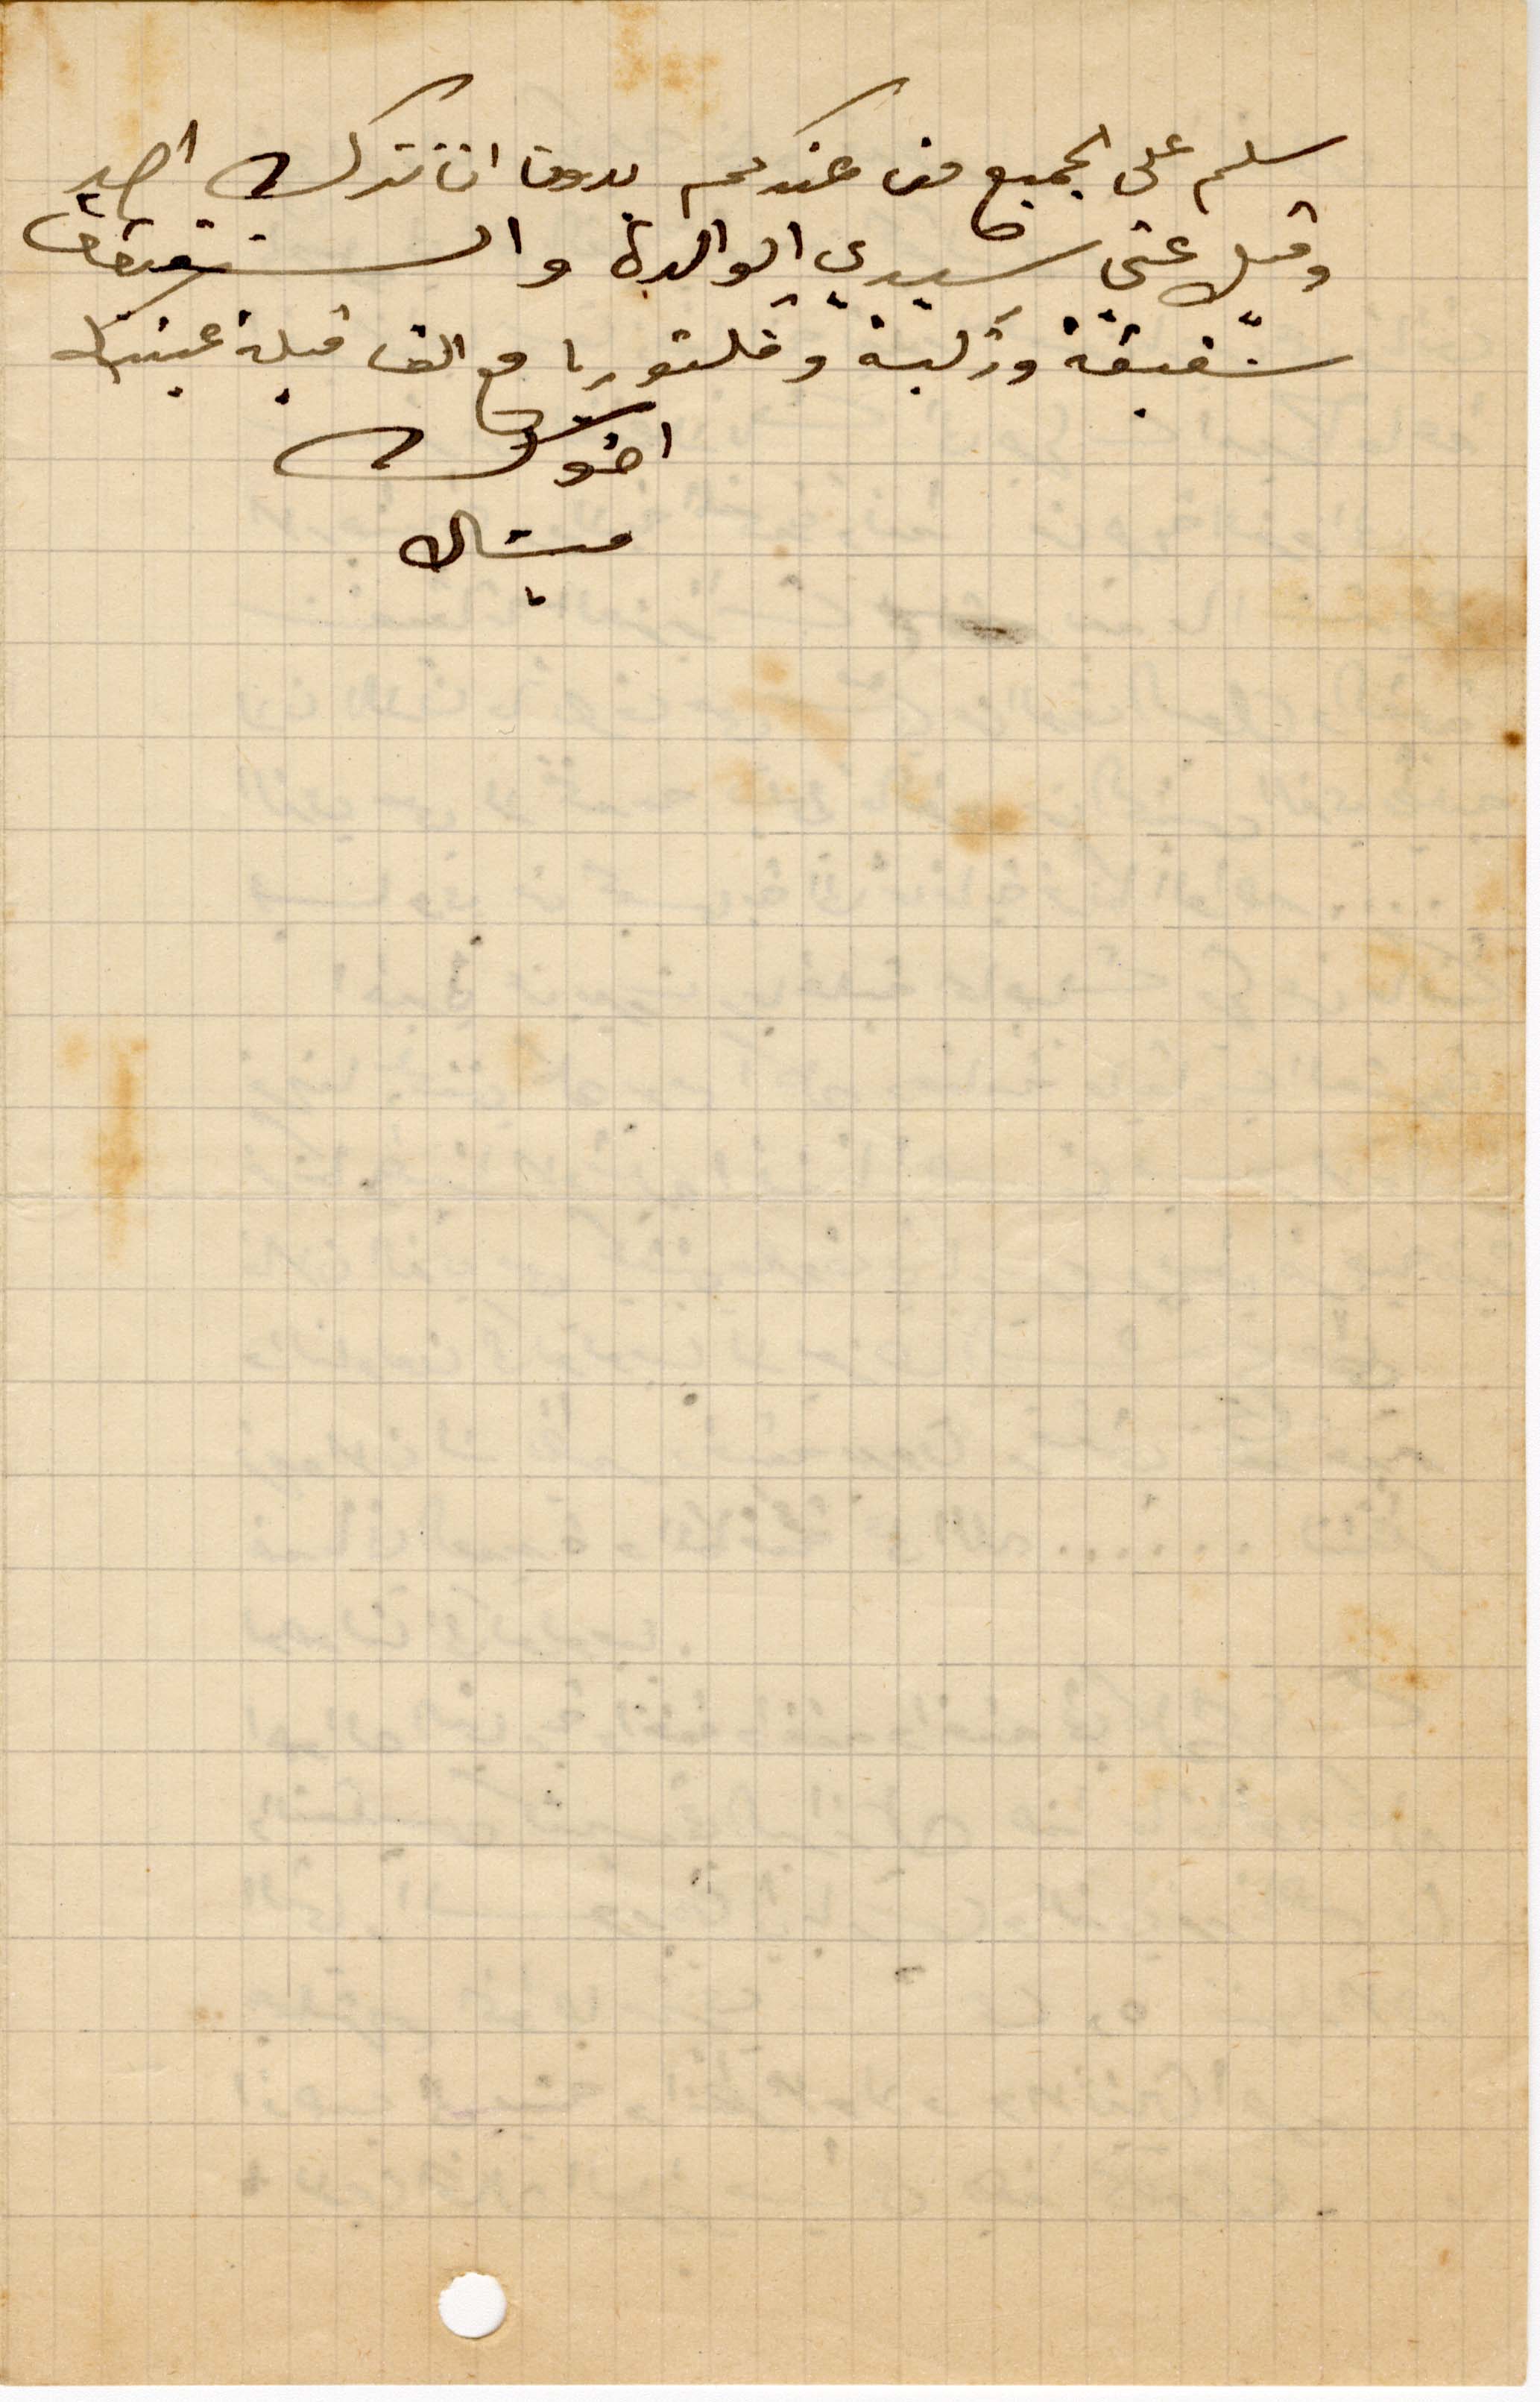
سلم على الجميع من عندك بدون ان تترك احد
وقبل عني سيديت الوالدة والشقيقات
شفيقة وزكية وفكتوريا مع الف قبلة عينيك
اخوك
ميشال